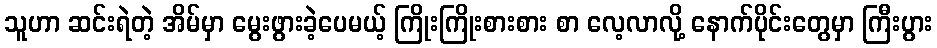
သူဟာ ဆင်းရဲတဲ့ အိမ်မှာ မွေးဖွားခဲ့ပေမယ့် ကြိုးကြိုးစားစား စာ လေ့လာလို့ နောက်ပိုင်းတွေမှာ ကြီးပွား